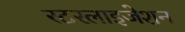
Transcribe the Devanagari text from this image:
स्टरलाइजेशन